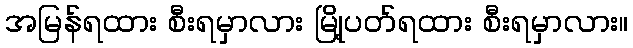
အမြန်ရထား စီးရမှာလား မြို့ပတ်ရထား စီးရမှာလား။